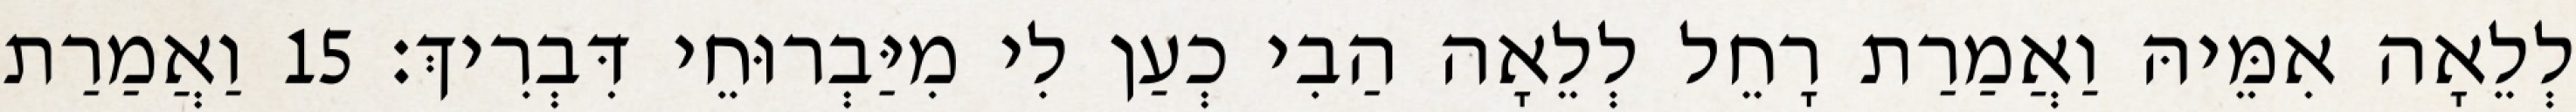
לְלֵאָה אִמֵּיהּ וַאֲמַרַת רָחֵל לְלֵאָה הַבִי כְעַן לִי מִיַּבְרוּחֵי דִּבְרִיךְ׃ 15 וַאֲמַרַת